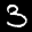
Label: 3